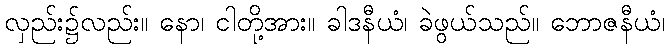
လှည်း၌လည်း။ နော၊ ငါတို့အား။ ခါဒနီယံ၊ ခဲဖွယ်သည်။ ဘောဇနီယံ၊